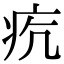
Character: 𤵎